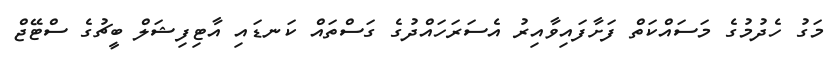
މަގު ހެދުމުގެ މަސައްކަތް ފަށާފައިވާއިރު އެސަރަހައްދުގެ ގަސްތައް ކަނޑައި އާޓިފިޝަލް ބީޗުގެ ސްޓޭޖް